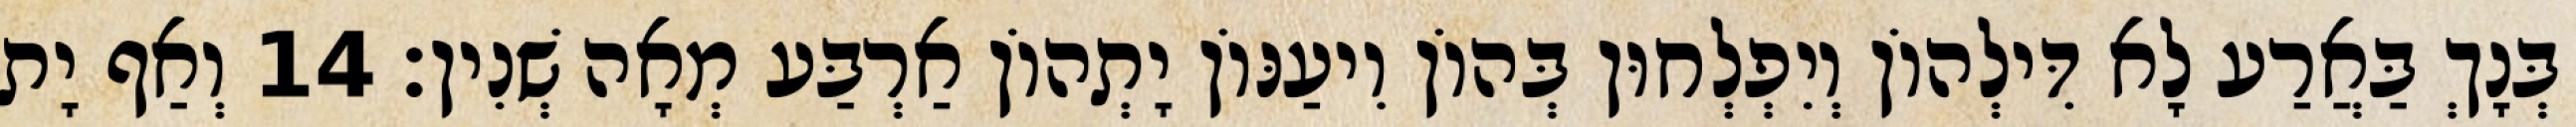
בְּנָךְ בַּאֲרַע לָא דִּילְהוֹן וְיִפְלְחוּן בְּהוֹן וִיעַנּוֹן יָתְהוֹן אַרְבַּע מְאָה שְׁנִין׃ 14 וְאַף יָת